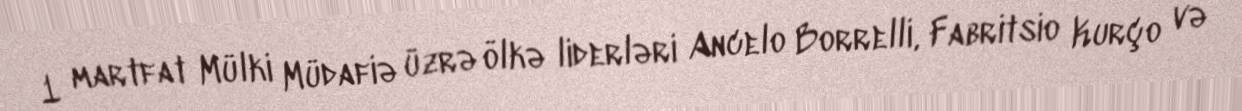
1 martfat Mülki Müdafiə üzrə ölkə liderləri Ancelo Borrelli, Fabritsio Kurço və